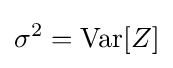
\sigma ^{2}=\operatorname {Var} [Z]